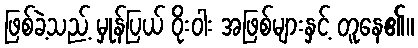
ဖြစ်ခဲ့သည့် မှုန်ပြယ် ဝိုးဝါး အဖြစ်များနှင့် တူနေ၏။